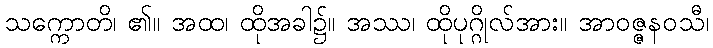
သက္ကောတိ၊ ၏။ အထ၊ ထိုအခါ၌။ အဿ၊ ထိုပုဂ္ဂိုလ်အား။ အာဝဇ္ဇနဝသီ၊